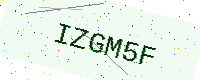
Text: IZGM5F